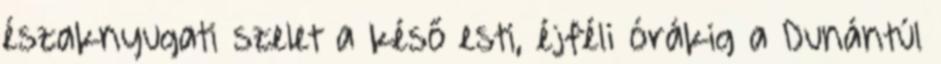
északnyugati szelet a késő esti, éjféli órákig a Dunántúl